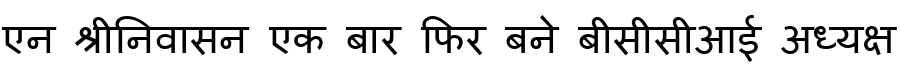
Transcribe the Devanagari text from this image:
एन श्रीनिवासन एक बार फिर बने बीसीसीआई अध्यक्ष